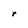
Character: r